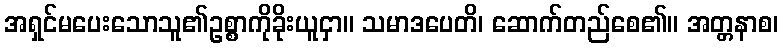
အရှင်မပေးသောသူ၏ဥစ္စာကိုခိုးယူငှာ။ သမာဒပေတိ၊ ဆောက်တည်စေ၏။ အတ္တနာစ၊